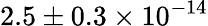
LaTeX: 2.5\pm{0.3}\times 10^{-14}